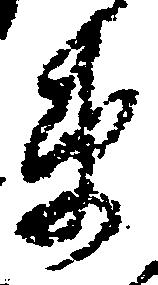
衛